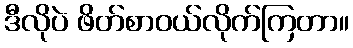
ဒီလိုပဲ ဖိတ်စာဝယ်လိုက်ကြတာ။